system: You are a helpful assistant.
user:
Analyze the provided spectrum to determine if it is a **Carbon Star (C-type)**.

- **Key Visual Indicators of Carbon Star:**
    - **(Primary):** Strong molecular absorption from **C₂ (diatomic carbon) "Swan Bands."** This is the **defining feature** of a carbon star.
        - **(Key Bandheads):** Sharp absorption edges are visible at approximately $5635$ Å, $5165$ Å (the strongest band), and $4737$ Å.
        - **(Line Profile):** Creates a distinct **"saw-tooth"** pattern. The key morphology is a sharp, steep bandhead on the **red (long-wavelength) side**, which then gradually tapers off (i.e., flux recovers) towards the **blue (short-wavelength) side**. *(This is the direct opposite of the TiO bands seen in M-type stars)*.

    - **(Secondary):** Intense **CN (cyanogen)** molecular absorption bands.
        - **(Key Bandheads):** Located in the blue and violet regions of the spectrum (e.g., near $4215$ Å and $3883$ Å).
        - **(Morphology):** These bands are extremely broad and act as a "blanket," absorbing the vast majority of blue and violet light. This creates a characteristic **"cliff"** or **"steep drop-off"** in the spectrum's flux at short wavelengths.

    - **(Key Confirmation):** Strong **CH absorption band (G-band)**.
        - **(Key Bandhead):** Located around $4300$ Å. The contribution from CH molecules to this band is exceptionally strong.

    - **(Overall Spectrum):**
        - The continuum is severely "chopped up" by these deep molecular bands, especially C₂, rather than appearing as a smooth curve.
        - Due to the heavy CN and C₂ absorption in the blue-green, the vast majority of the star's flux is concentrated in the red part of the spectrum, giving the star its characteristic deep red color.

Think first, call **spectral_visualization_tool** if needed to examine features in detail, then provide your final answer. Your response must adhere to the following strict rules:
1.  **Overall Structure:** Your response must follow the format `<think>...</think> <tool_call>...</tool_call> (if a tool is used) <answer>...</answer>`.
2.  **Tool Usage Constraint:** You may only make **one** tool call per turn.
3.  **Final Answer Format:** In the `<answer>` tag, your conclusion must be inside a `\boxed{}` command (e.g., `\boxed{YES}`), followed by your justification.

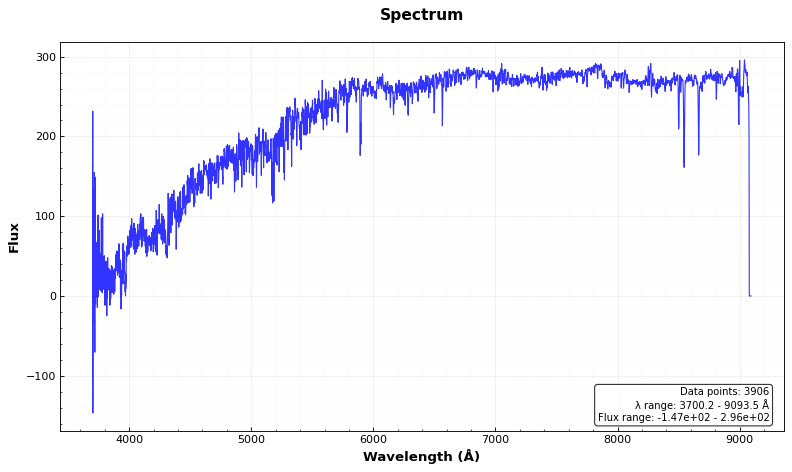
Answer: NO